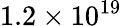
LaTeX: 1.2\times 10^{19}